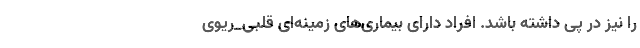
را نیز در پی داشته باشد. افراد دارای بیماری‌های زمینه‌ای قلبی_ریوی